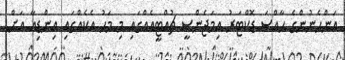
އަންހެނުންގެ ހާއްސަ ޑޮކްޓަރު އިމަޖެންސީ ޗުއްޓީއެއްގައި މި މަހު އެކެއްގައި އިންޑިއާ އަށް